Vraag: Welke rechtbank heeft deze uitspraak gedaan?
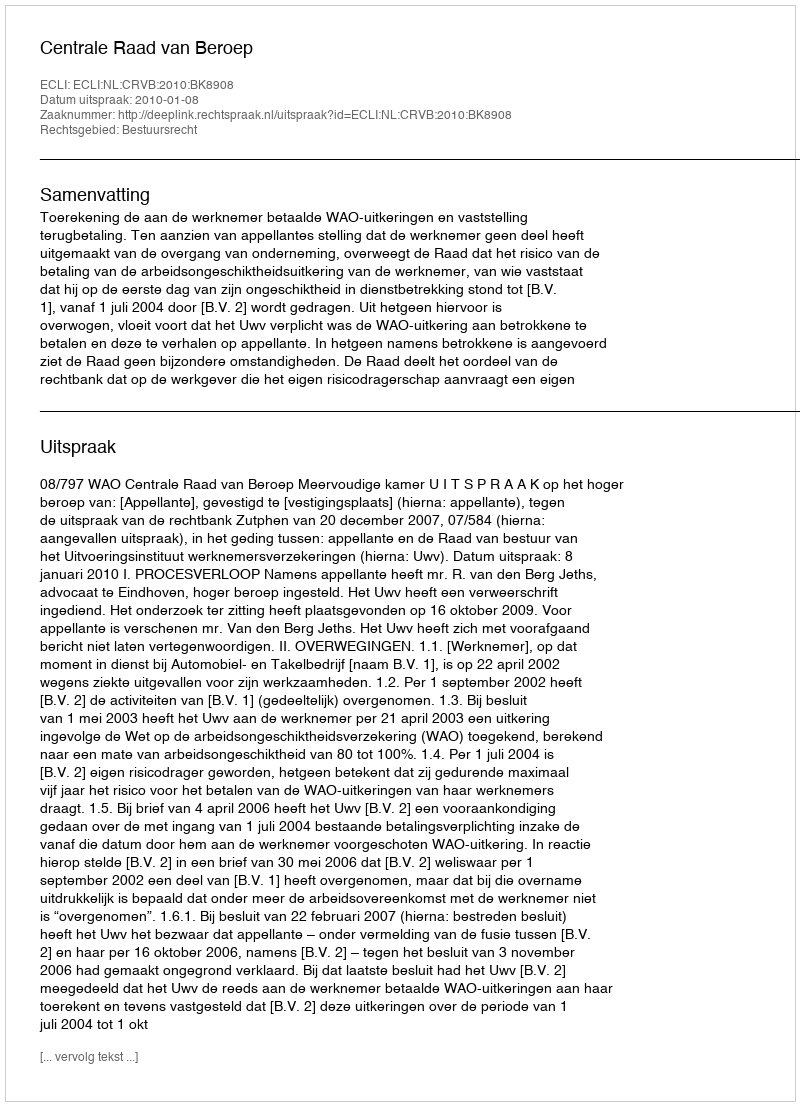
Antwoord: Centrale Raad van Beroep